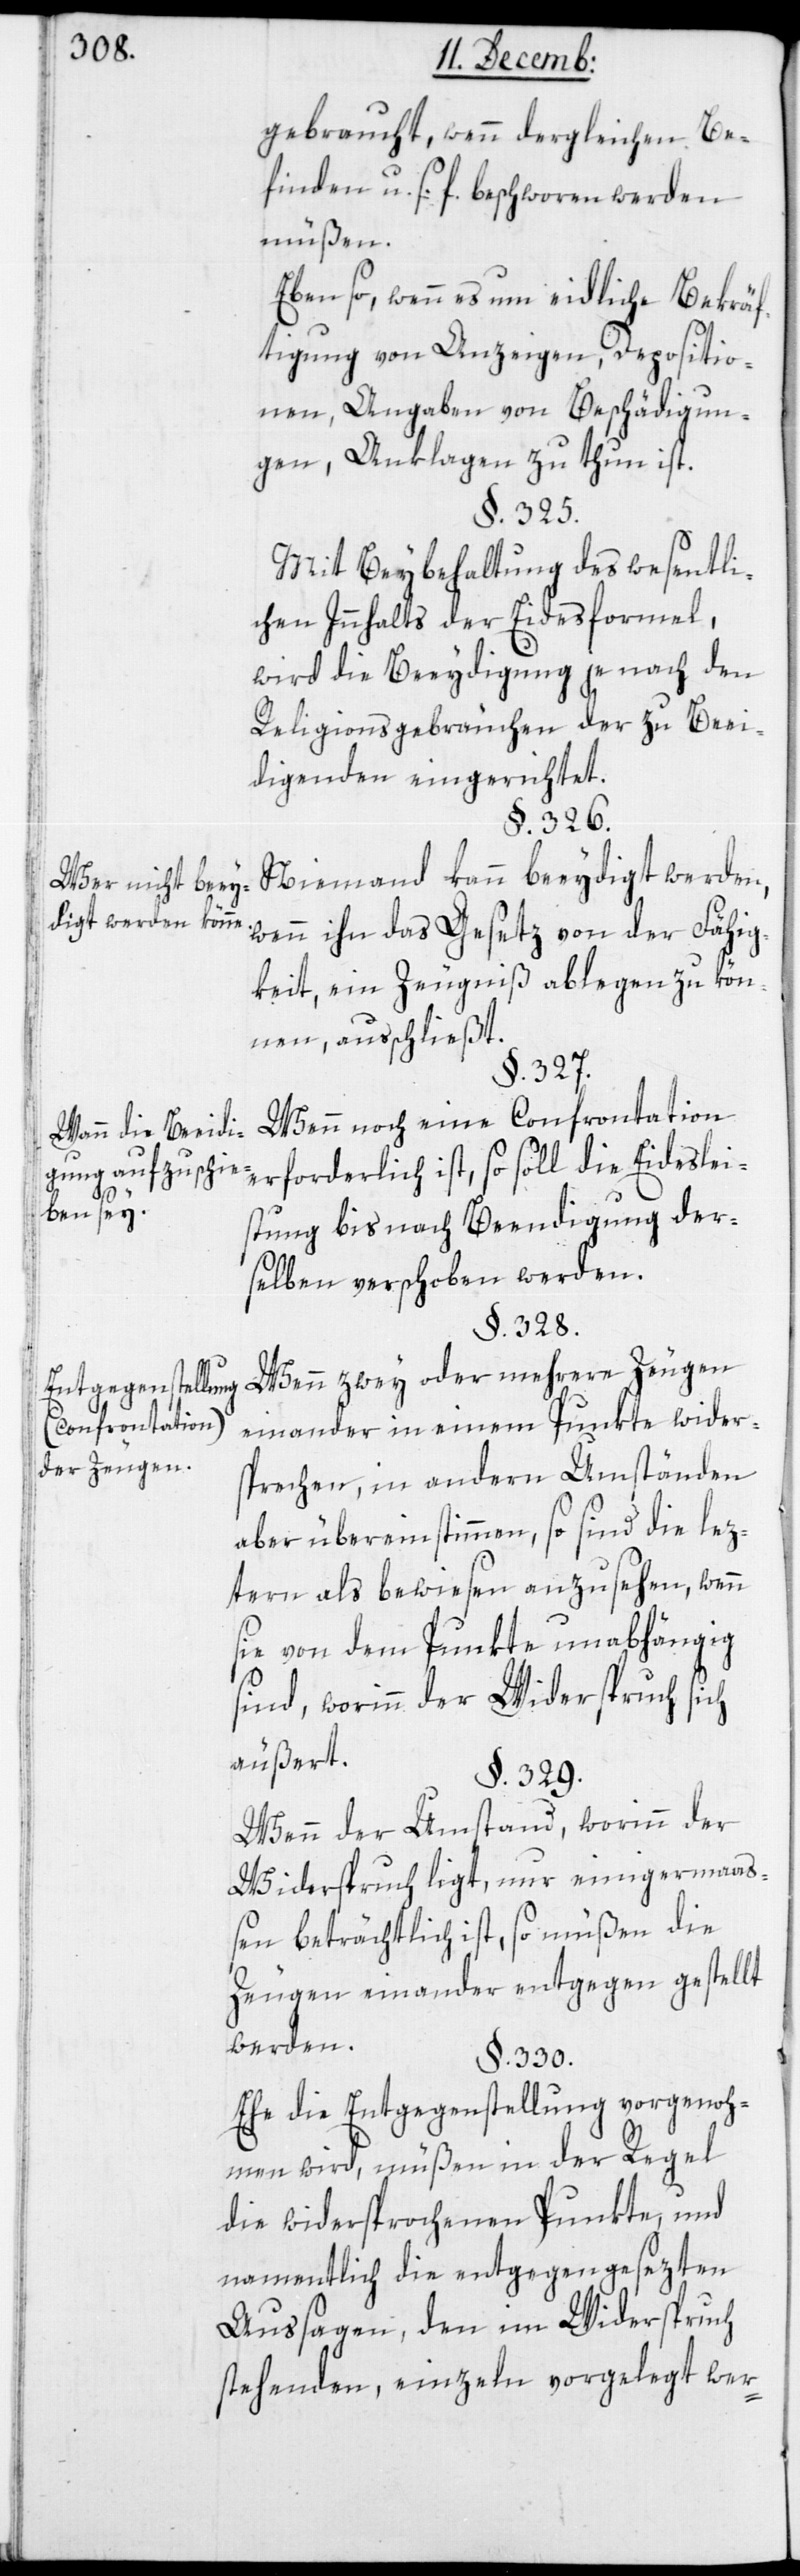
Wer nicht beey¬
digt werden könne.
Wann die Beeidi¬
gung aufzuschie¬
ben sey.
Entgegenstellung
(Confrontation)
der Zeugen.

gebraucht, wenn dergleichen Be¬
finden u. s. f. beschworen werden
müßen.
Ebenso wenn es um eidliche Bekräf¬
tigung von Anzeigen, Depositio¬
nen, Angaben von Beschädigun¬
gen, Anklagen, zu thun ist.
§. 325.
Mit Beybehaltung des wesentli¬
chen Innhalts der Eidesformel,
wird die Beeydigung je nach den
Religionsgebräuchen der zu Beei¬
digenden eingerichtet.
§. 326.
Niemand kann beeidiget werden,
wenn ihn das Gesetz von der Fähig¬
keit, ein Zeugniß ablegen zu kön¬
nen, ausschließt.
§. 327.
Wenn noch eine Confrontation
erforderlich ist, so soll die Eideslei¬
stung bis nach Beendigung der¬
selben verschoben werden.
§. 328.
Wenn zwey oder mehrere Zeugen
einander in einem Punkte wider¬
sprechen, in andern Umständen
aber übereinstimmen, so sind die lez¬
tern als bewiesen anzusehen, wenn
sie von dem Punkte unabhängig
sind, worinn der Widerspruch sich
äußert.
§. 329.
Wenn der Umstand, worinn der
Widerspruch ligt, nur einigermaß¬
en beträchtlich ist, so müßen die
Zeugen einander entgegen gestellt
werden.
§. 330.
Ehe die Entgegenstellung vorgenoh¬
men wird, müßen in der Regel
die widersprochenen Punkte, und
namentlich die entgegengesezten
Aussagen, den im Widerspruch
stehenden, einzeln vorgelegt wer-